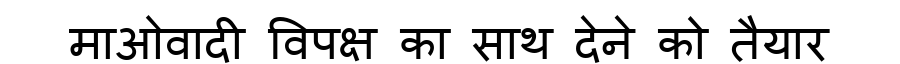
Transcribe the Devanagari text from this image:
माओवादी विपक्ष का साथ देने को तैयार